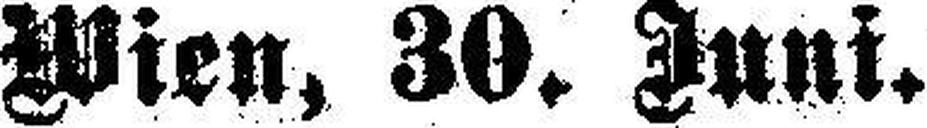
Wien, 30. Juni.